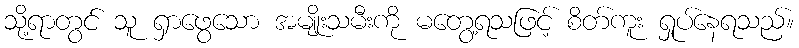
သို့ရာတွင် သူ ရှာဖွေသော အမျိုးသမီးကို မတွေ့ရသဖြင့် စိတ်ကူး ရှုပ်နေရသည်။